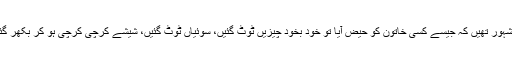
کافی گھریلو کہانیاں‌بھی مشہور تھیں‌ کہ جیسے کسی خاتون کو حیض‌ آیا تو خود بخود چیزیں ٹوٹ گئیں‌، سوئیاں‌ ٹوٹ گئیں، شیشے کرچی کرچی ہو کر بکھر گئے اور گھڑیاں‌ ٹھہر گئیں۔